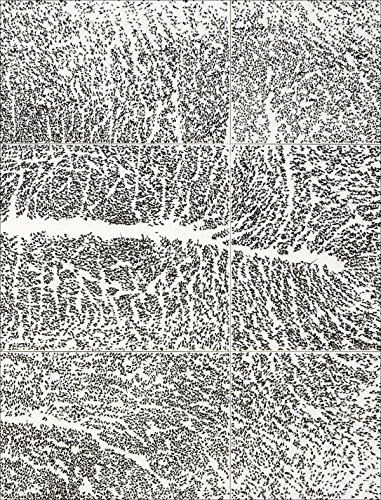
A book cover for Giuseppe Penone; Guy Tosatto; Arts & Photography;